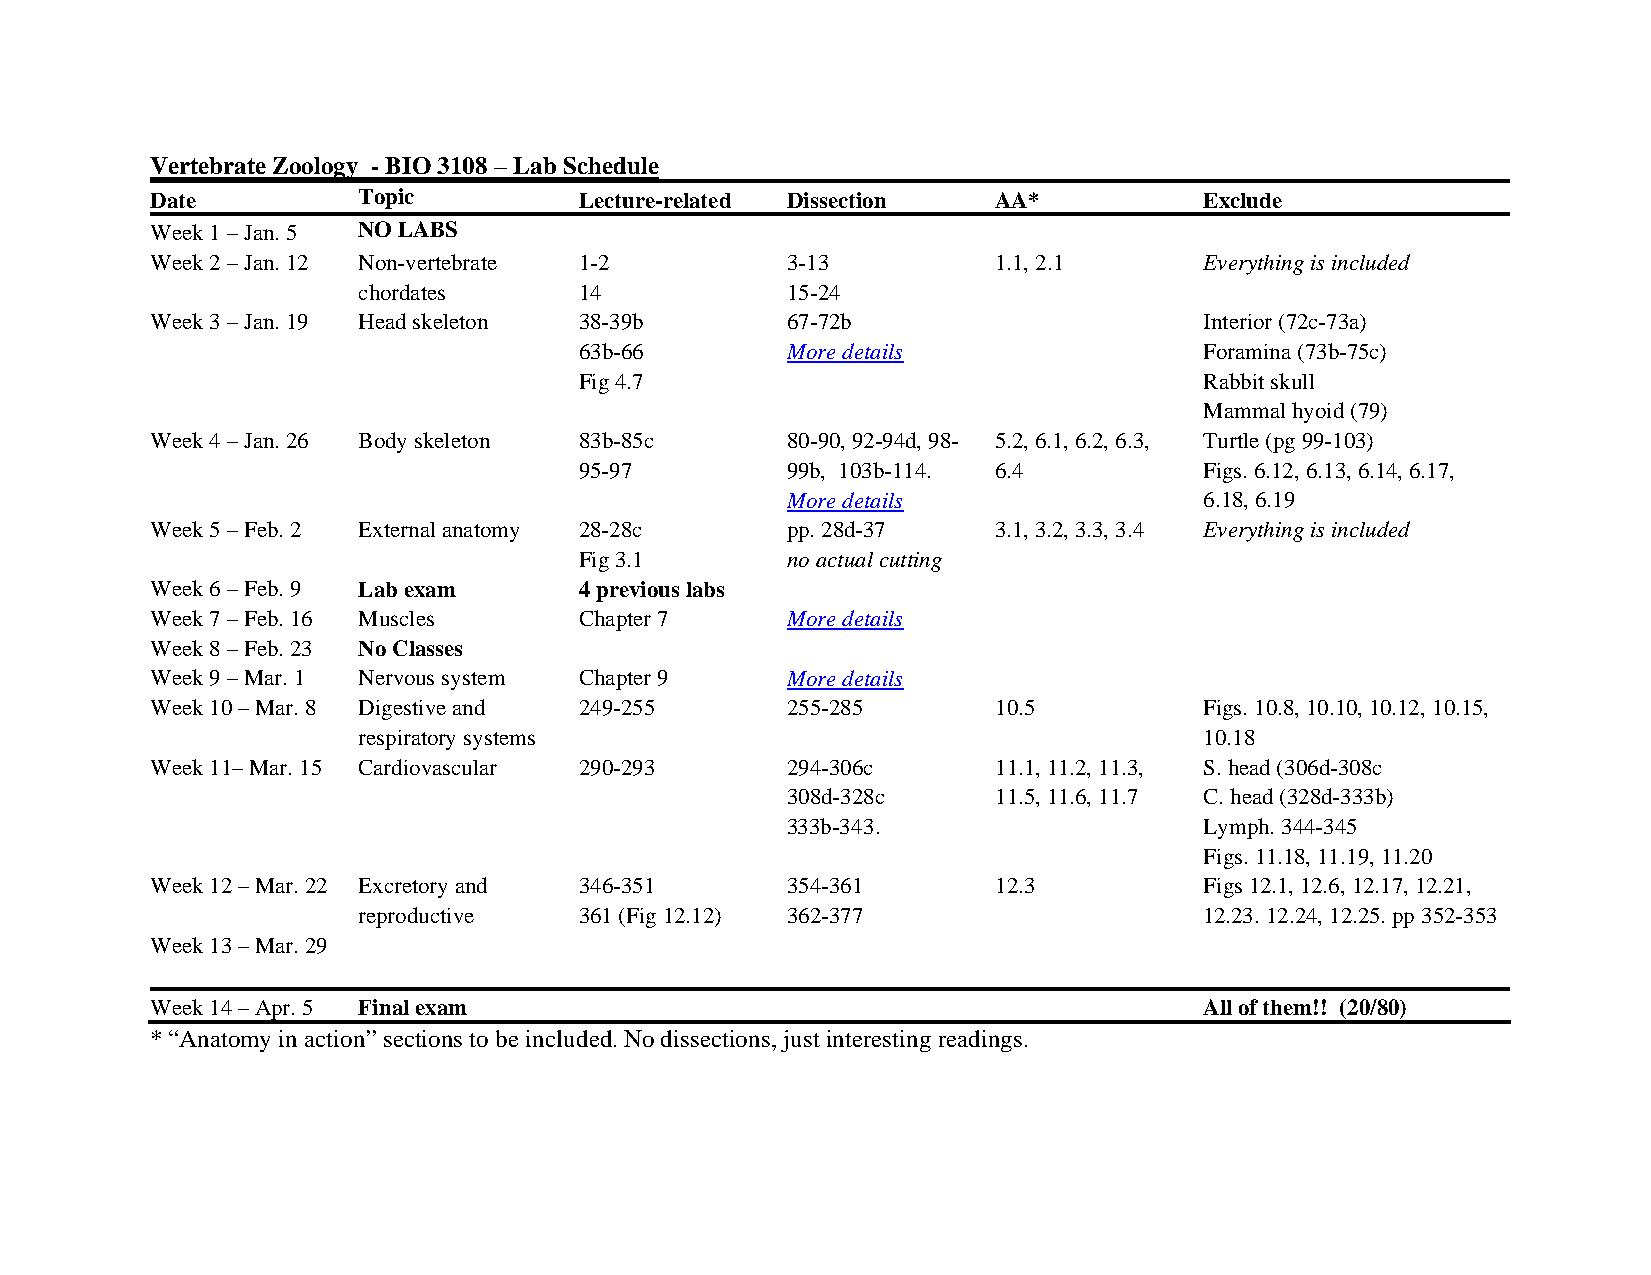
Vertebrate Zoology - BIO 3108 – Lab Schedule
 Date          Topic         Lecture-related Dissection  AA*           Exclude
 Week 1 – Jan. 5 NO LABS
 Week 2 – Jan. 12 Non-vertebrate 1-2       3-13          1.1, 2.1      Everything is included
 chordates     14            15-24
 Week 3 – Jan. 19 Head skeleton 38-39b     67-72b                      Interior (72c-73a)
 63b-66        More details                Foramina (73b-75c)
 Fig 4.7                                   Rabbit skull
 Mammal hyoid (79)
 Week 4 – Jan. 26 Body skeleton 83b-85c    80-90, 92-94d, 98- 5.2, 6.1, 6.2, 6.3, Turtle (pg 99-103)
 95-97         99b, 103b-114. 6.4          Figs. 6.12, 6.13, 6.14, 6.17,
 More details                6.18, 6.19
 Week 5 – Feb. 2 External anatomy 28-28c   pp. 28d-37    3.1, 3.2, 3.3, 3.4 Everything is included
 Fig 3.1       no actual cutting
 Week 6 – Feb. 9 Lab exam    4 previous labs
 Week 7 – Feb. 16 Muscles    Chapter 7     More details
 Week 8 – Feb. 23 No Classes
 Week 9 – Mar. 1 Nervous system Chapter 9  More details
 Week 10 – Mar. 8 Digestive and 249-255    255-285       10.5          Figs. 10.8, 10.10, 10.12, 10.15,
 respiratory systems                                     10.18
 Week 11– Mar. 15 Cardiovascular 290-293   294-306c      11.1, 11.2, 11.3, S. head (306d-308c
 308d-328c     11.5, 11.6, 11.7 C. head (328d-333b)
 333b-343.                   Lymph. 344-345
 Figs. 11.18, 11.19, 11.20
 Week 12 – Mar. 22 Excretory and 346-351   354-361       12.3          Figs 12.1, 12.6, 12.17, 12.21,
 reproductive  361 (Fig 12.12) 362-377                   12.23. 12.24, 12.25. pp 352-353
 Week 13 – Mar. 29
 Week 14 – Apr. 5 Final exam                                           All of them!! (20/80)
 * “Anatomy in action” sections to be included. No dissections, just interesting readings.